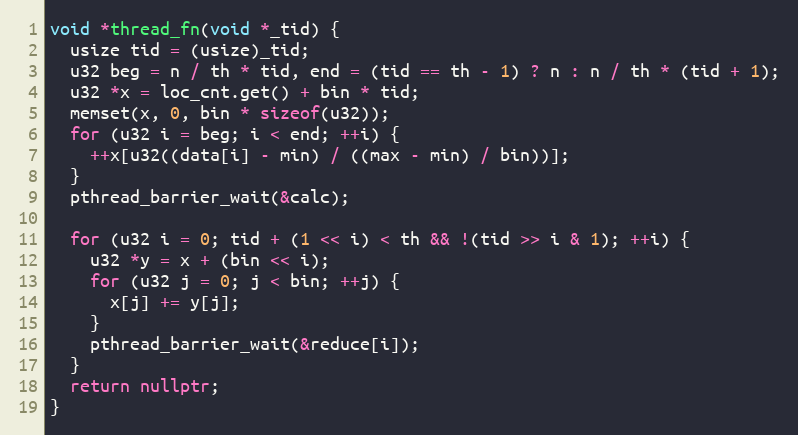
Language: C++
void *thread_fn(void *_tid) {
  usize tid = (usize)_tid;
  u32 beg = n / th * tid, end = (tid == th - 1) ? n : n / th * (tid + 1);
  u32 *x = loc_cnt.get() + bin * tid;
  memset(x, 0, bin * sizeof(u32));
  for (u32 i = beg; i < end; ++i) {
    ++x[u32((data[i] - min) / ((max - min) / bin))];
  }
  pthread_barrier_wait(&calc);

  for (u32 i = 0; tid + (1 << i) < th && !(tid >> i & 1); ++i) {
    u32 *y = x + (bin << i);
    for (u32 j = 0; j < bin; ++j) {
      x[j] += y[j];
    }
    pthread_barrier_wait(&reduce[i]);
  }
  return nullptr;
}